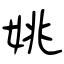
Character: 姚